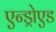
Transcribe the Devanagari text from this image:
एन्ड्रोएड